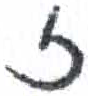
אות: ז